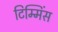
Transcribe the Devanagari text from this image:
टिम्मिंस